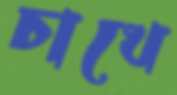
চাখে